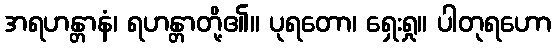
အရဟန္တာနံ၊ ရဟန္တာတို့၏။ ပုရတော၊ ရှေးရှု။ ပါတုရဟော